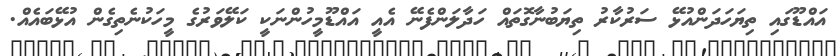
އައްޑޫގައި ތިޔަހަދަންއުޅޭ ސަރުކާރު ތިޔަބުނާގޮތައް ހަދާލަންފެނޭ އެއީ އައްޑޫމީހުންނަކީ ކަލޭވަރުގެ މީހަކުނެތިގެން އުޅޭބައެއް.